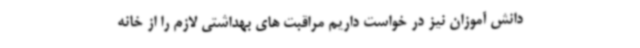
دانش آموزان نیز در خواست داریم مراقبت های بهداشتی لازم را از خانه